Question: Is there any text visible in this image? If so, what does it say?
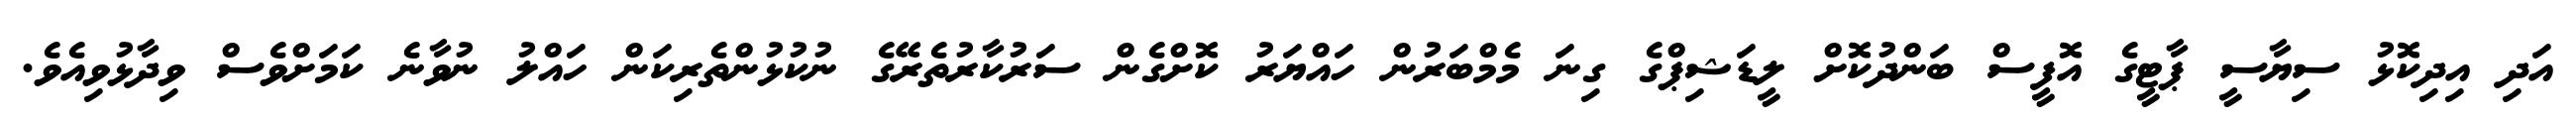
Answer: އަދި އިދިކޮޅު ސިޔާސީ ޕާޓީގެ އޮފީސް ބަންދުކޮށް ލީޑަޝިޕްގެ ގިނަ މެމްބަރުން ހައްޔަރު ކޮށްގެން ސަރުކާރުތެރޭގެ ނުކުޅުންތެރިކަން ހައްލު ނުވާނެ ކަމަށްވެސް ވިދާޅުވިއެވެ.